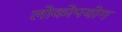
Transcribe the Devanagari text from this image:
लोकोपयोग